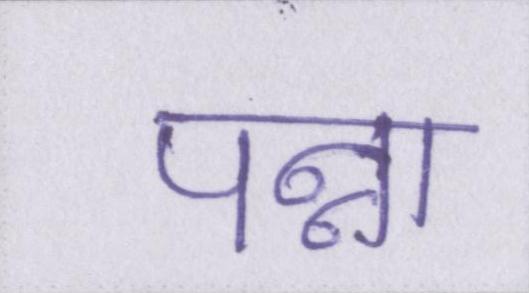
पन्ना